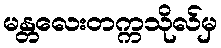
မန္တလေးတက္ကသိုလ်မှ